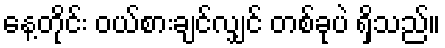
နေ့တိုင်း ဝယ်စားချင်လျှင် တစ်ခုပဲ ရှိသည်။